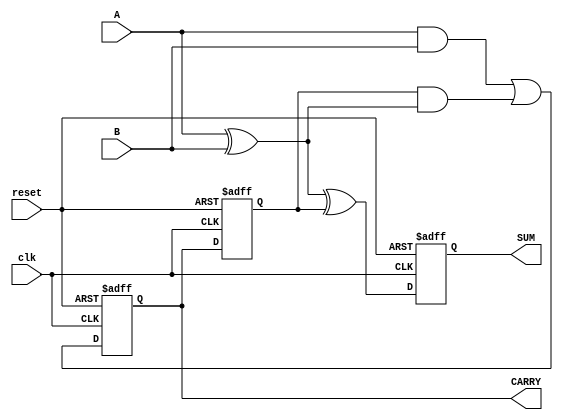
module sequential_half_adder (
    input wire clk,        // Clock input
    input wire reset,      // Reset input
    input wire A,          // First bit input
    input wire B,          // Second bit input
    output reg SUM,        // Sum output
    output reg CARRY       // Carry output
);

    reg previous_carry;    // Register to store the previous carry

    // Combinational logic to compute the next state
    wire new_sum = A ^ B ^ previous_carry;              // SUM = A XOR B XOR Previous_CARRY
    wire new_carry = (A & B) | (previous_carry & (A ^ B)); // CARRY = (A AND B) OR (Previous_CARRY AND (A XOR B))

    // Sequential logic for state storage
    always @(posedge clk or posedge reset) begin
        if (reset) begin
            SUM <= 1'b0;            // Reset SUM to 0
            CARRY <= 1'b0;          // Reset CARRY to 0
            previous_carry <= 1'b0; // Reset previous carry to 0
        end else begin
            SUM <= new_sum;         // Update SUM
            CARRY <= new_carry;     // Update CARRY
            previous_carry <= CARRY; // Store current CARRY as previous carry for next cycle
        end
    end

endmodule